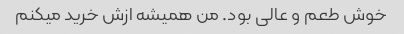
خوش طعم و عالی بود. من همیشه ازش خرید میکنم